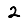
Digit: 2